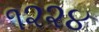
૧૨૨૪